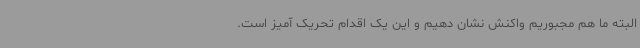
البته ما هم مجبوریم واکنش نشان دهیم و این یک اقدام تحریک آمیز است.